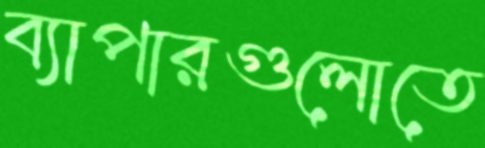
ব্যাপারগুলোতে